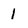
Character: I